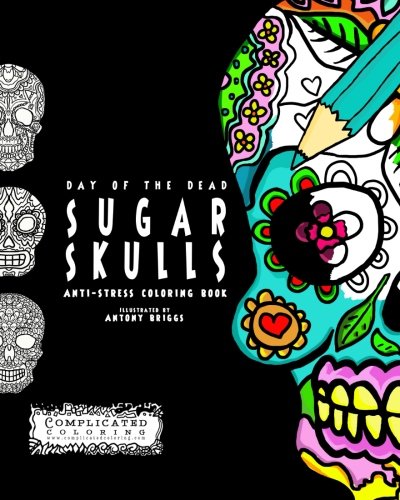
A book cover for Day of the Dead - Sugar Skulls: Anti-Stress Coloring Book (Complicated Coloring); Complicated Coloring; Humor & Entertainment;